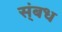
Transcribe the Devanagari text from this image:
स्ंबध